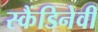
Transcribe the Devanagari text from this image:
स्कैंडिनेवी